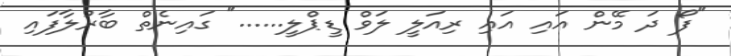
"ފޯ ދަ މޭން އައި އައި ރިއަލީ ލަވް ޑީޕްލީ......" ގައިނެތް ބާރުލާފައި